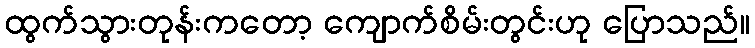
ထွက်သွားတုန်းကတော့ ကျောက်စိမ်းတွင်းဟု ပြောသည်။